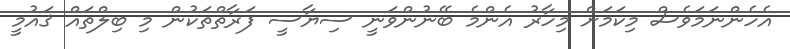
އެހެންނަމަވެސް މިކަމަށް މިހާރު އެންމެ ބޭނުންވަނީ ސިޔާސީ ފަރާތްތަކުން މި ބިލްތައް ޤައުމީ